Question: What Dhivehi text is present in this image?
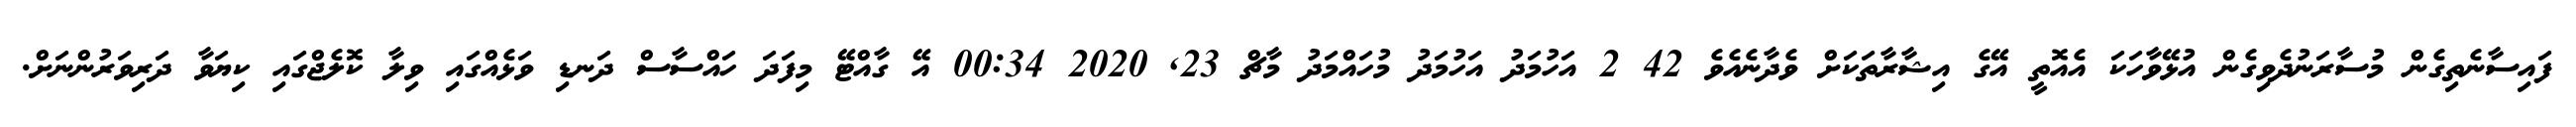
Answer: ފައިސާނެތިގެން މުސާރަނުދެވިގެން އުޅޭވާހަކަ އެއޮތީ އޭގެ އިޝާރާތަކަށް ވެދާނެއެވެ 42 2 އަހުމަދު އަހުމަދު މުހައްމަދު މާޗް 23, 2020 00:34 އޭ ގާއްޓޭ މިފަދަ ހައްސާސް ދަނޑި ވަޅެއްގައި ވިލާ ކޮލެޖްގައި ކިޔަވާ ދަރިވަރުންނަށް.